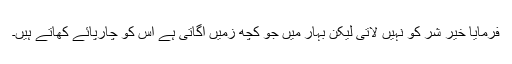
فرمایا خیر شر کو نہیں لاتی لیکن بہار میں جو کچھ زمیں اگاتی ہے اس کو چارپائے کھاتے ہیں۔